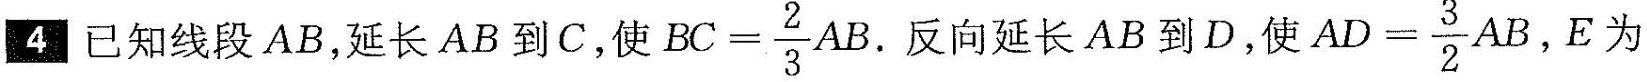
4已知线段AB，延长AB到C，使 $$B C = \frac { 2} { 3 } A B$$ 。反向延长AB到D，使 $$A D = \frac { 3 } { 2 } A B$$ ，E为